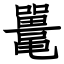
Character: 鼍